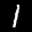
Label: 1